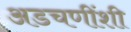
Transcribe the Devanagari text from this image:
अडचणींशी